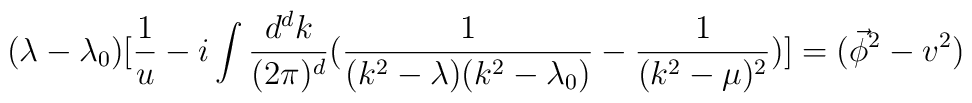
(\lambda -\lambda_0)[\frac{1}{u}-i \int \frac{d^d{k}}{(2\pi)^d}(\frac{1}{(k^2-\lambda)(k^2-\lambda_0)}-\frac{1}{(k^2-\mu)^2})]=(\vec\phi^2 - v^2)